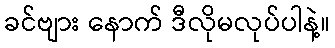
ခင်ဗျား နောက် ဒီလိုမလုပ်ပါနဲ့။